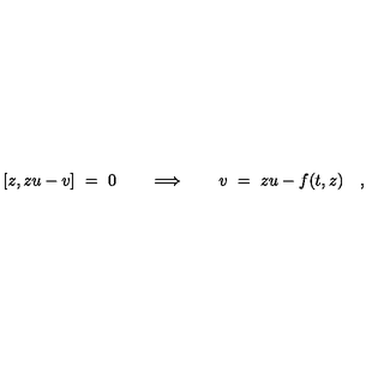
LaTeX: [ z , z u - v ] \ = \ 0 \qquad \Longrightarrow \qquad v \ = \ z u - f ( t , z ) \quad ,